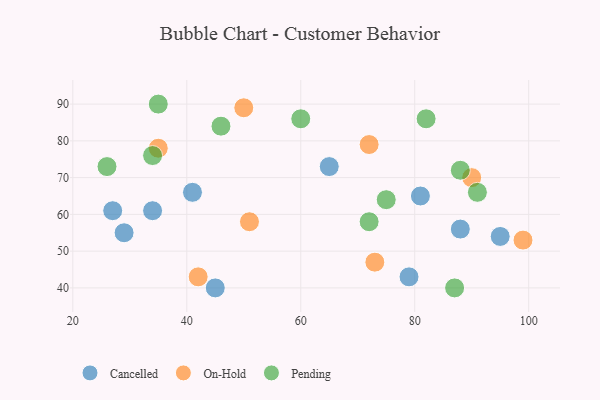
{"axis": {"x": "GDP", "y": "Life Expectancy"}, "legend": ["Cancelled", "On-Hold", "Pending"], "data": [{"x": "34", "y": 61, "type": "Cancelled"}, {"x": "27", "y": 61, "type": "Cancelled"}, {"x": "81", "y": 65, "type": "Cancelled"}, {"x": "65", "y": 73, "type": "Cancelled"}, {"x": "29", "y": 55, "type": "Cancelled"}, {"x": "45", "y": 40, "type": "Cancelled"}, {"x": "88", "y": 56, "type": "Cancelled"}, {"x": "41", "y": 66, "type": "Cancelled"}, {"x": "95", "y": 54, "type": "Cancelled"}, {"x": "79", "y": 43, "type": "Cancelled"}, {"x": "50", "y": 89, "type": "On-Hold"}, {"x": "35", "y": 78, "type": "On-Hold"}, {"x": "90", "y": 70, "type": "On-Hold"}, {"x": "72", "y": 79, "type": "On-Hold"}, {"x": "42", "y": 43, "type": "On-Hold"}, {"x": "73", "y": 47, "type": "On-Hold"}, {"x": "99", "y": 53, "type": "On-Hold"}, {"x": "51", "y": 58, "type": "On-Hold"}, {"x": "82", "y": 86, "type": "Pending"}, {"x": "34", "y": 76, "type": "Pending"}, {"x": "88", "y": 72, "type": "Pending"}, {"x": "26", "y": 73, "type": "Pending"}, {"x": "35", "y": 90, "type": "Pending"}, {"x": "60", "y": 86, "type": "Pending"}, {"x": "87", "y": 40, "type": "Pending"}, {"x": "72", "y": 58, "type": "Pending"}, {"x": "91", "y": 66, "type": "Pending"}, {"x": "46", "y": 84, "type": "Pending"}, {"x": "75", "y": 64, "type": "Pending"}]}